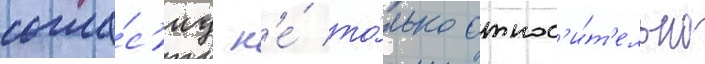
согла́с'иу н'е́ то́лько относ'и́т'ельно